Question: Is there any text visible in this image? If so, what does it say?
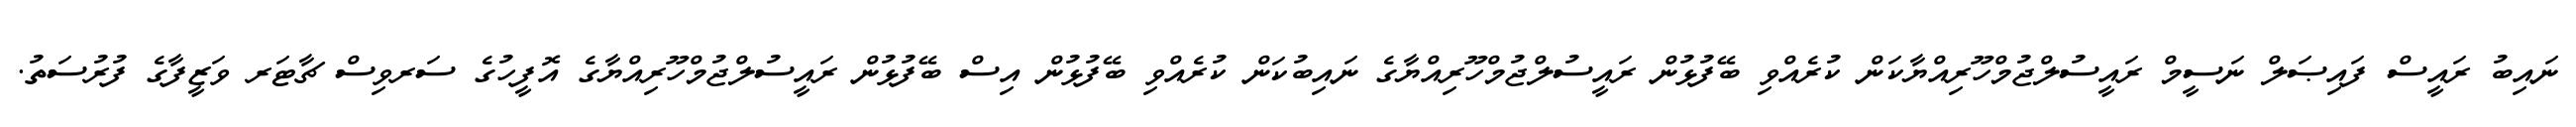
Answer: ނައިބު ރައީސް ފައިޞަލް ނަސީމް ރައީސުލްޖުމްހޫރިއްޔާކަން ކުރެއްވި ބޭފުޅުން ރައީސުލްޖުމްހޫރިއްޔާގެ ނައިބުކަން ކުރެއްވި ބޭފުޅުން އިސް ބޭފުޅުން ރައީސުލްޖުމްހޫރިއްޔާގެ އޮފީހުގެ ސަރވިސް ޗާޓަރ ވަޒީފާގެ ފުރުސަތު.